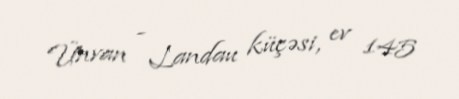
Ünvan - Landau küçəsi, ev 145